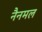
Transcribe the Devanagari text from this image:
नैनमल